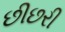
છીછરી